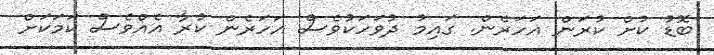
ބޮޑު ކުށް ކުރަން އަހަރެން. ގައިމު ދުވަހަކުވެސް އަހަރެން ކުރާ އެއްވެސް ކަމަކަށް